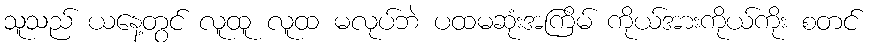
သူသည် ယနေ့တွင် လူထူ လူထ မလုပ်ဘဲ ပထမဆုံးအကြိမ် ကိုယ်အားကိုယ်ကိုး စတင်